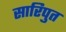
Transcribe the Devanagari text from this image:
सारिपुत